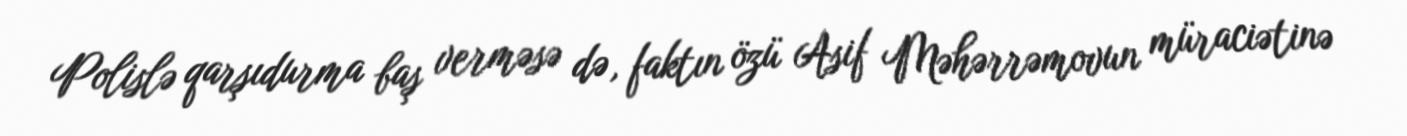
Polislə qarşıdurma baş verməsə də, faktın özü Asif Məhərrəmovun müraciətinə